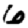
Digit: 6